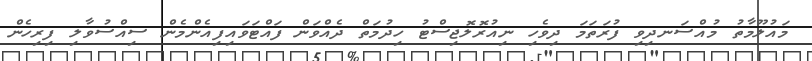
މައުލޫމާތު މުއްސަނދިވި ފުރަތަމަ ދިވެހި ނިއުރޮލޮޖިސްޓު ހިދުމަތް ދެއްވަން ފައްޓަވައިފިއެންމެން ސިއްސުވާލި ފިރިހެން